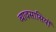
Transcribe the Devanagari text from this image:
व्यावसासियों